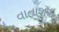
વાતાશય